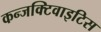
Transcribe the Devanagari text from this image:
कन्जक्टिवाइटिस